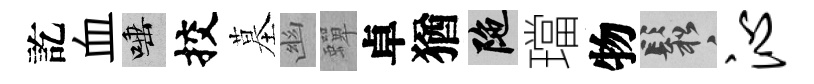
訖血唾挍墓幽蟬卓猶陀璫物鬆沁